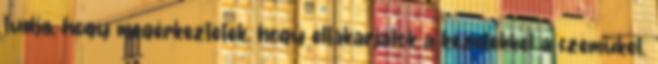
tudja, hogy megérkeztetek, hogy eltakarjátok a kezetekkel a szemüket.